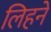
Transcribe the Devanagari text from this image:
लिहने